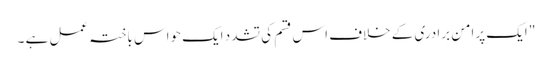
" ایک پرامن برادری کے خلاف اس قسم کی تشدد ایک حواس باختہ عمل ہے ۔